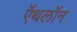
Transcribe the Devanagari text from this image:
ऍथलॉन